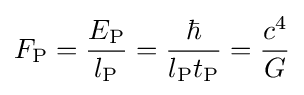
F_{\text{P}}={\frac {E_{\text{P}}}{l_{\text{P}}}}={\frac {\hbar }{l_{\text{P}}t_{\text{P}}}}={\frac {c^{4}}{G}}